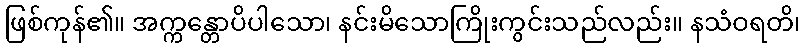
ဖြစ်ကုန်၏။ အက္ကန္တောပိပါသော၊ နင်းမိသောကြိုးကွင်းသည်လည်း။ နသံဝရတိ၊